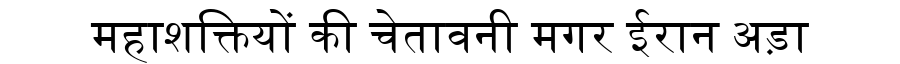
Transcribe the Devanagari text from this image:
महाशक्तियों की चेतावनी मगर ईरान अड़ा